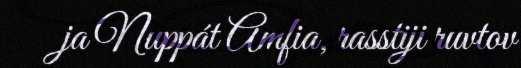
ja Nuppát Amfia, rasstiji ruvtov